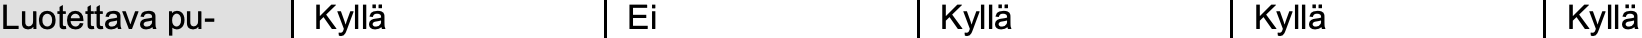
Luotettava pu- Kyllä Ei        Kyllä     Kyllä     Kyllä